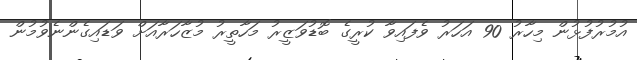
އުމުރުފުޅުން މިހާރު 90 އަހަރު ވެފައިވާ ކުރީގެ ބޮޑުވަޒީރު މަހާތީރު މުޒާހަރާއަށް ވަޑައިގެންނެވުމުން